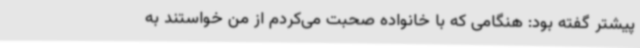
پیشتر گفته بود: هنگامی که با خانواده‌ صحبت می‌کردم از من خواستند به